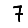
Digit: 7